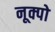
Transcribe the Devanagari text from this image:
नूक्पो